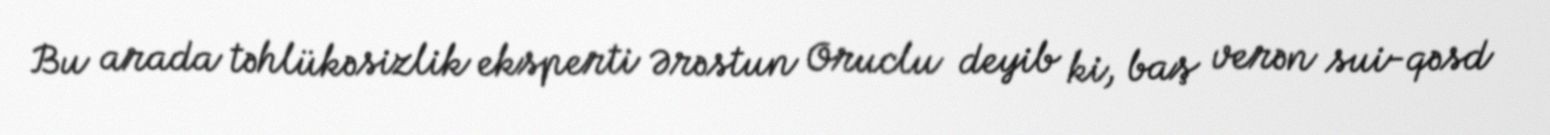
Bu arada təhlükəsizlik eksperti Ərəstun Oruclu deyib ki, baş verən sui-qəsd